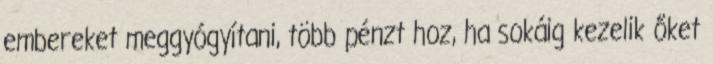
embereket meggyógyítani, több pénzt hoz, ha sokáig kezelik őket